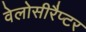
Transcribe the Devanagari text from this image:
वेलोसीरैप्टर